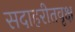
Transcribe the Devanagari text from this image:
सदाहरीतवृक्ष